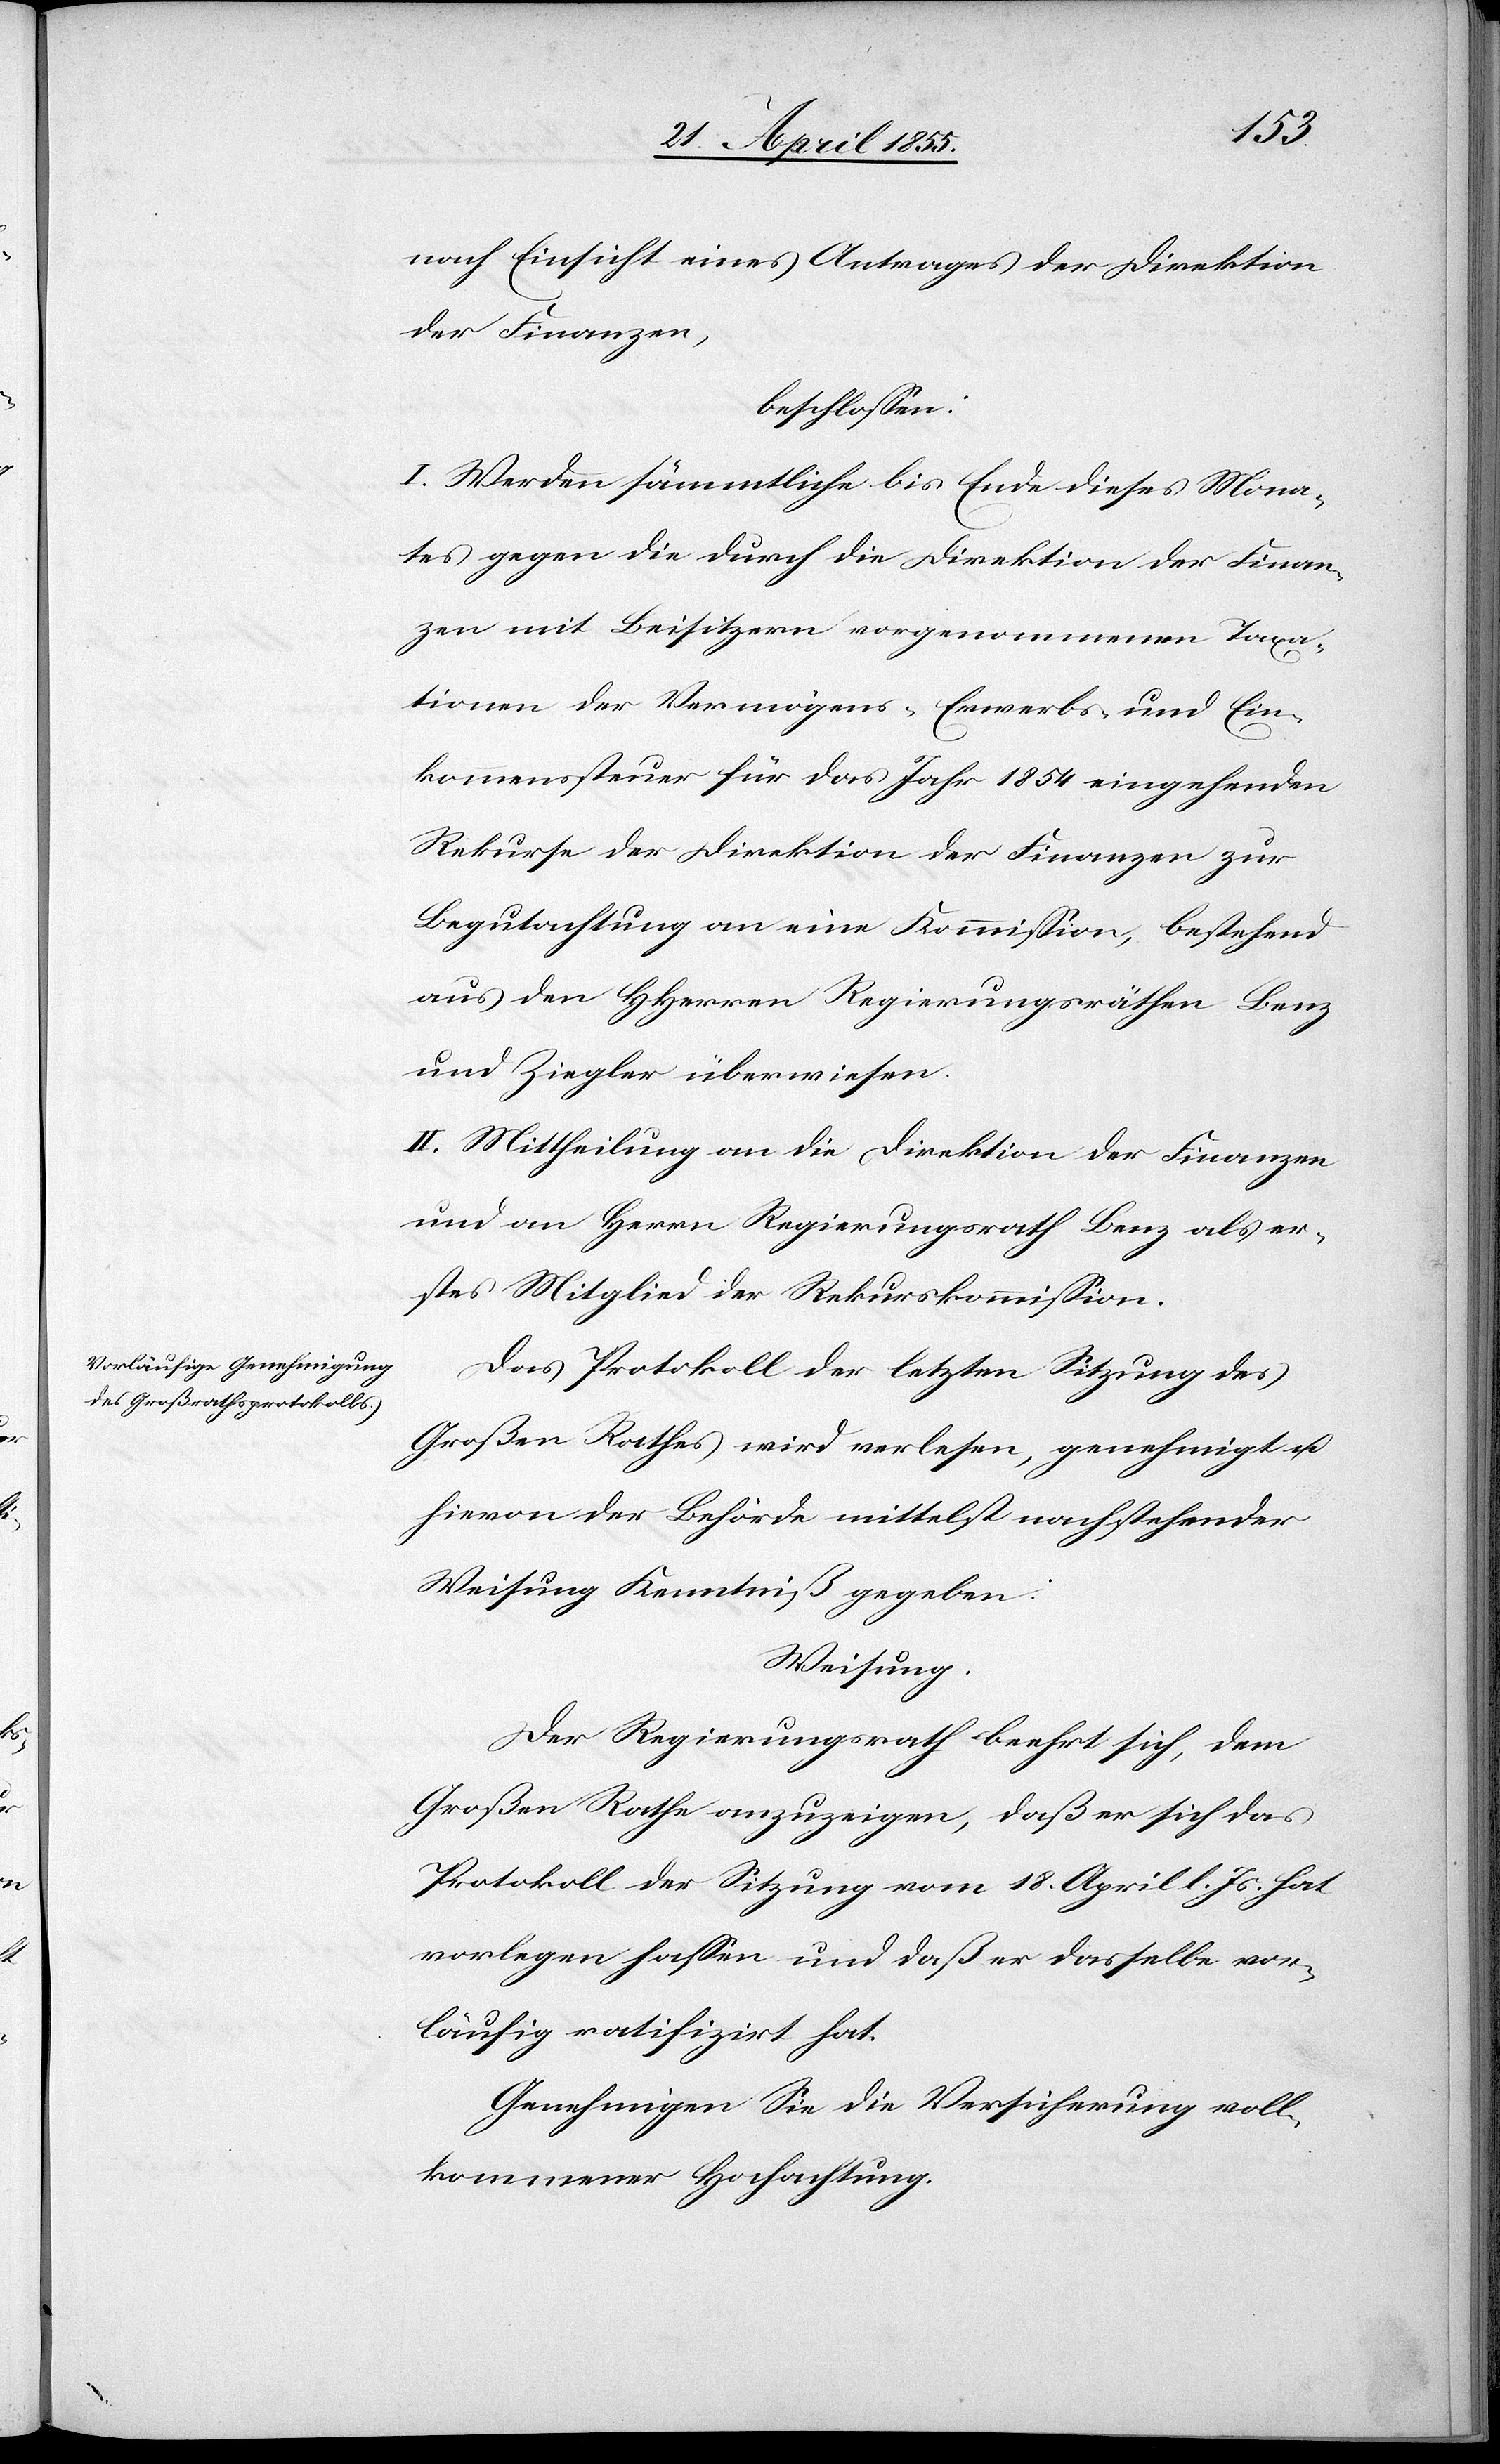
vor¬
nach Einsicht eines Antrages der Direktion
der Finanzen,
beschlossen:
I. Werden sämmtliche bis Ende dieses Mona¬
tes gegen die durch die Direktion der Finan¬
zen mit Beisitzern vorgenommenen Taxa¬
tionen der Vermögens-[,] Erwerbs- und Ein¬
kommenssteuer für das Jahr 1854 eingehenden
Rekurse der Direktion der Finanzen zur
Begutachtung an eine Kommission, bestehend
aus den HHerren Regierungsräthen Benz
und Ziegler überwiesen.
II. Mittheilung an die Direktion der Finanzen
und an Herrn Regierungsrath Benz als er¬
stes Mitglied der Rekurskommission.
Das Protokoll der letzten Sitzung des
Großen Rathes wird verlesen, genehmigt u.
hievon der Behörde mittelst nachstehender
Weisung Kenntniß gegeben.
Weisung.
Der Regierungsrath beehrt sich, dem
Großen Rathe anzuzeigen, daß er sich das
Protokoll der Sitzung vom 18. April l. Js. hat
läufig ratifizirt hat.
Genehmigen Sie die Versicherung voll¬
kommener Hochachtung.